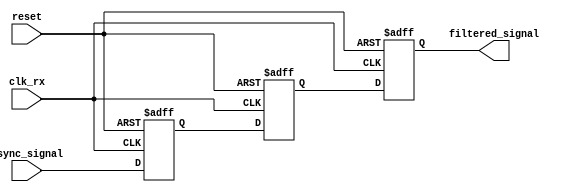
module meta_stability_filter (
    input wire clk_rx,           // Receiving clock domain
    input wire reset,            // Asynchronous reset
    input wire async_signal,     // Incoming asynchronous signal
    output reg filtered_signal    // Stabilized output signal
);

// Internal signals for the dual flip-flop synchronizer
reg ff1, ff2;

// Dual Flip-Flop Synchronizer
always @(posedge clk_rx or posedge reset) begin
    if (reset) begin
        // Initialize flip-flops on reset
        ff1 <= 1'b0;
        ff2 <= 1'b0;
        filtered_signal <= 1'b0;
    end else begin
        ff1 <= async_signal;  // Sample async_signal in FF1
        ff2 <= ff1;           // Sample output of FF1 in FF2
        filtered_signal <= ff2; // Output the stable signal
    end
end

endmodule